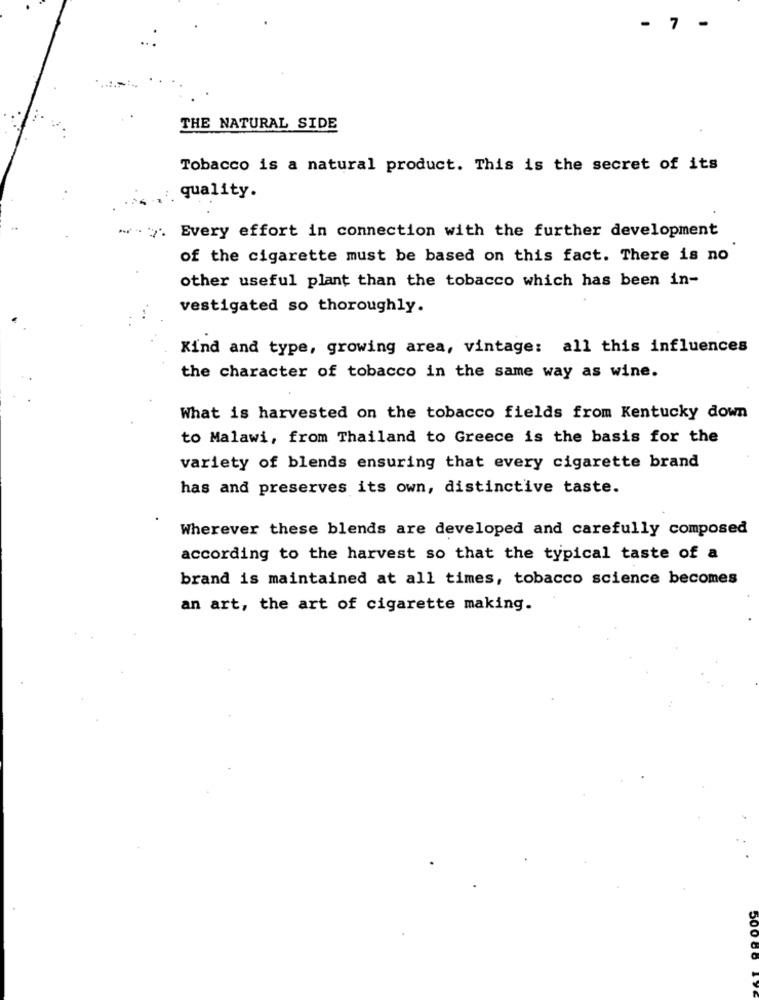
- 7
-
THE NATURAL SIDE
Tobacco is a natural product. This is the secret of its
quality.
" . Every effort in connection with the further development
of the cigarette must be based on this fact. There is no
other useful plant than the tobacco which has been in-
vestigated so thoroughly.
Kind and type, growing area, vintage: all this influences
the character of tobacco in the same way as wine.
What is harvested on the tobacco fields from Kentucky down
to Malawi, from Thailand to Greece is the basis for the
variety of blends ensuring that every cigarette brand
has and preserves its own, distinctive taste.
Wherever these blends are developed and carefully composed
according to the harvest so that the typical taste of a
brand is maintained at all times, tobacco science becomes
an art, the art of cigarette making.